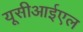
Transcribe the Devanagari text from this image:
यूसीआईएल